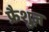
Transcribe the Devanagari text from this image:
फ्रैशुज़